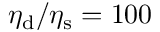
\eta _ { \mathrm { d } } / \eta _ { \mathrm { s } } = 1 0 0